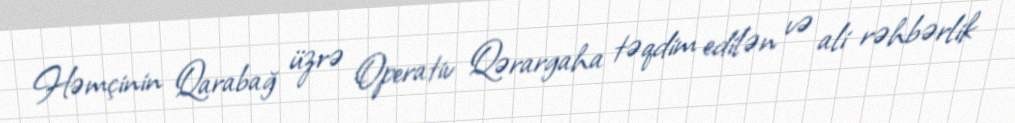
Həmçinin Qarabağ üzrə Operativ Qərargaha təqdim edilən və ali rəhbərlik